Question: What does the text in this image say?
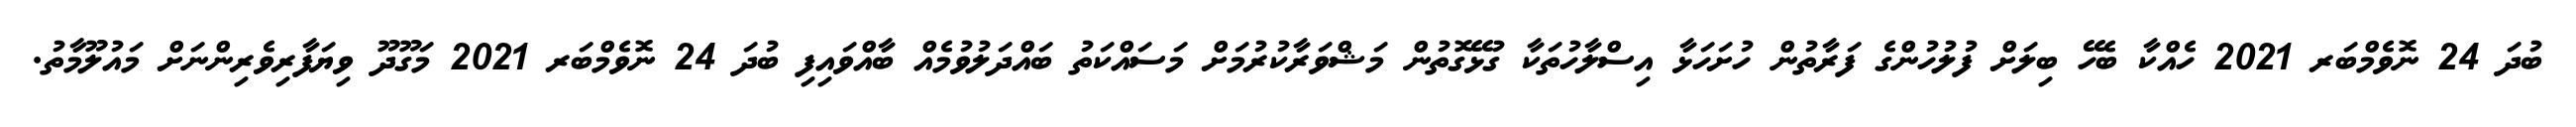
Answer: ބުދަ 24 ނޮވެމްބަރ 2021 ހެއްކާ ބެހޭ ބިލަށް ފުލުހުންގެ ފަރާތުން ހުށަހަޅާ އިސްލާހުތަކާ ގުޅޭގޮތުން މަޝްވަރާކުރުމަށް މަސައްކަތު ބައްދަލުވުމެއް ބާއްވައިފި ބުދަ 24 ނޮވެމްބަރ 2021 މަގޫދޫ ވިޔަފާރިވެރިންނަށް މައުލޫމާތު.